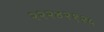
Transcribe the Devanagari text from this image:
२२२४२१२५